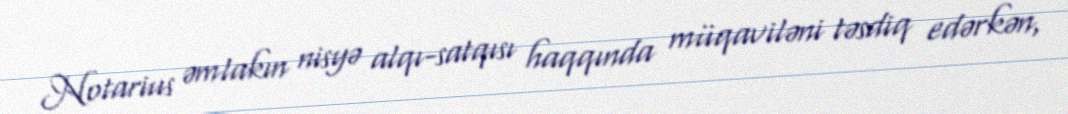
Notarius əmlakın nisyə alqı-satqısı haqqında müqaviləni təsdiq edərkən,